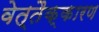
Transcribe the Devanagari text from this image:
वेत्तैक्कारण